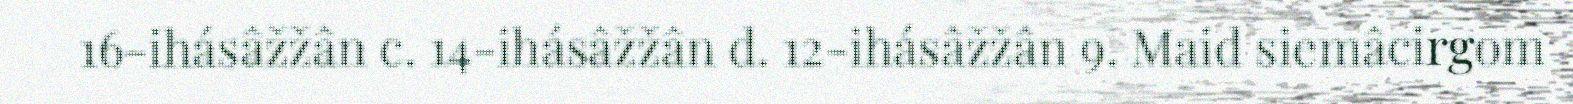
16-ihásâžžân c. 14-ihásâžžân d. 12-ihásâžžân 9. Maid siemâcirgom